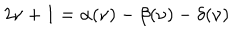
2 \nu + 1 = \alpha ( \nu ) - \beta ( \nu ) - \delta ( \nu )